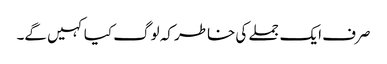
صرف ایک جملے کی خاطر کہ لوگ کیا کہیں گے۔